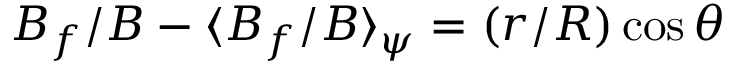
B _ { f } / B - \langle B _ { f } / B \rangle _ { \psi } = ( r / R ) \cos \theta